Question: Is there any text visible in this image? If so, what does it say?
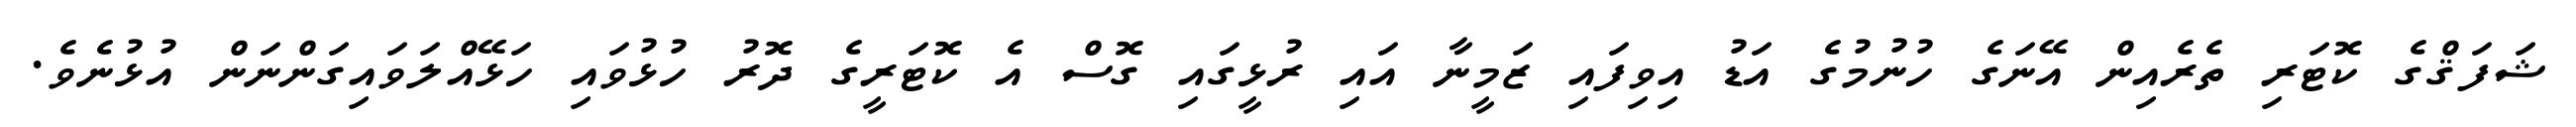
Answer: ޝަފަޤްގެ ކޮޓަރި ތެރެއިން އޭނަގެ ހުނުމުގެ އަޑު އިވިފައި ޒަމީނާ އައި ރުޅީގައި ގޮސް އެ ކޮޓަރީގެ ދޮރު ހުޅުވައި ހަޅޭއްލަވައިގަންނަން އުޅުނެވެ.